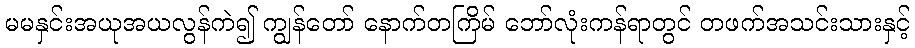
မမနှင်းအယုအယလွန်ကဲ၍ ကျွန်တော် နောက်တကြိမ် ဘော်လုံးကန်ရာတွင် တဖက်အသင်းသားနှင့်